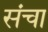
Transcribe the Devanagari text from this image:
संचा